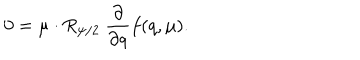
0 = \mu \cdot R _ { \psi / 2 } \ { \frac { \partial } { \partial q } } f ( q , \mu ) .